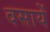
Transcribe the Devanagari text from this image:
वसायें